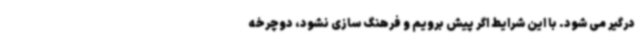
درگیر می شود. با این شرایط اگر پیش برویم و فرهنگ سازی نشود، دوچرخه